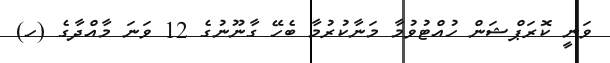
ވަނީ ކޮރަޕްޝަން ހުއްޓުވުމާ މަނާކުރުމާ ބެހޭ ގާނޫނުގެ 12 ވަނަ މާއްދާގެ (ހ)